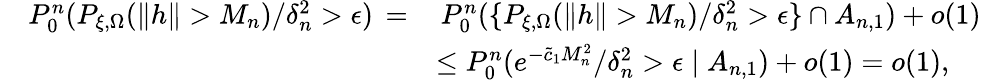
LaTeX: \begin{array}{r}{\begin{array}{rl}{\quad P_{0}^{n}(P_{\xi,\Omega}(\| h\| >M_{n})/\delta_{n}^{2}>\epsilon)\, =}&{\, P_{0}^{n}(\{ P_{\xi,\Omega}(\| h\| >M_{n})/\delta_{n}^{2}>\epsilon\} \cap A_{n,1})+o(1)}\\ &{\leq P_{0}^{n}(e^{-\tilde{c}_{1}M_{n}^{2}}/\delta_{n}^{2}>\epsilon\mid A_{n,1})+o(1)=o(1),}\end{array}}\end{array}